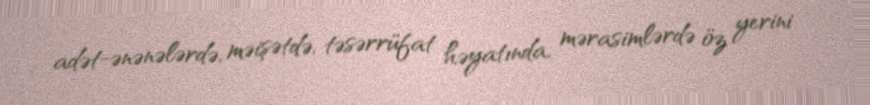
adət-ənənələrdə, məişətdə, təsərrüfat həyatında, mərasimlərdə öz yerini